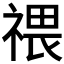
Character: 𥚸